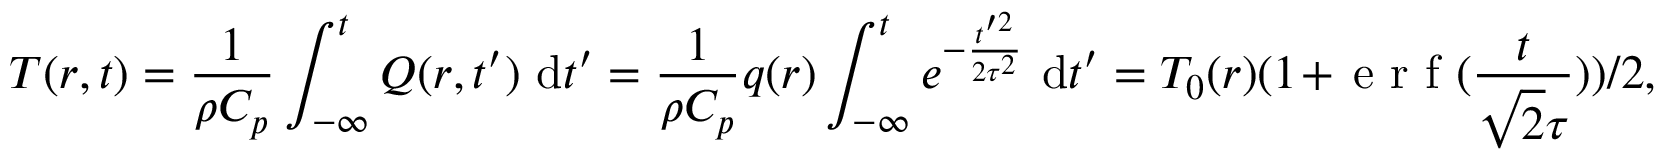
T ( \boldsymbol { r } , t ) = \frac { 1 } { \rho C _ { p } } \int _ { - \infty } ^ { t } Q ( \boldsymbol { r } , t ^ { \prime } ) \mathrm { ~ d } t ^ { \prime } = \frac { 1 } { \rho C _ { p } } q ( \boldsymbol { r } ) \int _ { - \infty } ^ { t } e ^ { - \frac { t ^ { \prime 2 } } { 2 \tau ^ { 2 } } } \mathrm { ~ d } t ^ { \prime } = T _ { 0 } ( \boldsymbol { r } ) ( 1 + \mathrm { ~ e ~ r ~ f ~ } ( \frac { t } { \sqrt { 2 } \tau } ) ) / 2 ,